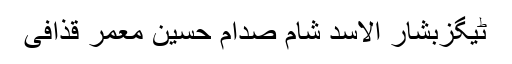
ٹیگزبشار الاسد شام صدام حسین معمر قذافی